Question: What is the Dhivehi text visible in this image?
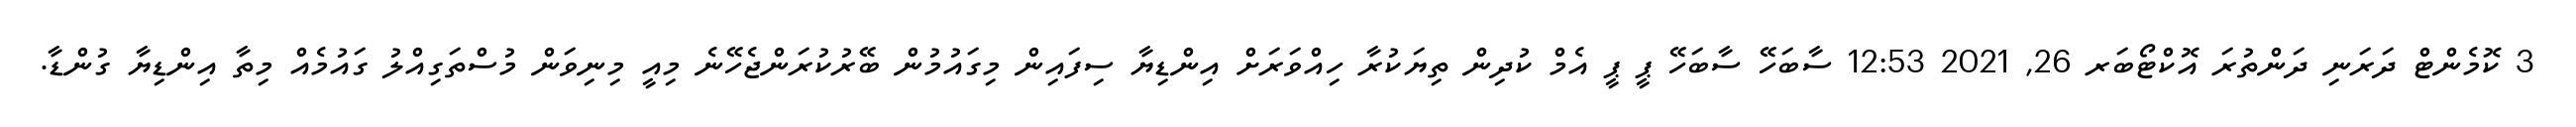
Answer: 3 ކޮމެންޓް ދަރަނި ދަންތުރަ އޮކްޓޯބަރ 26, 2021 12:53 ސާބަހޭ ސާބަހޭ ޕީ ޕީ އެމް ކުދިން ތިޔަކުރާ ހިއްވަރަށް އިންޑިޔާ ސިފައިން މިގައުމުން ބޭރުކުރަންޖެހޭނެ މިއީ މިނިވަން މުސްތަގިއްލު ގައުމެއް މިތާ އިންޑިޔާ ގުންޑާ.